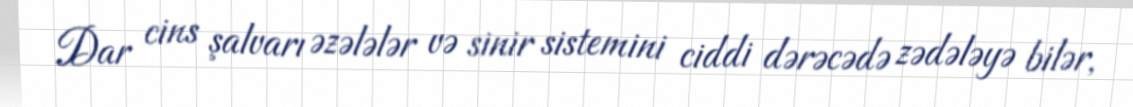
Dar cins şalvarı əzələlər və sinir sistemini ciddi dərəcədə zədələyə bilər,